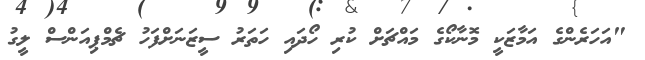
"އަހަރެންގެ އަމާޒަކީ މޮނާކޯގެ މައްޗަށް ކުރި ހޯދައި ހަތަރު ސީޒަނަށްފަހު ޗެމްޕިއަންސް ލީގު